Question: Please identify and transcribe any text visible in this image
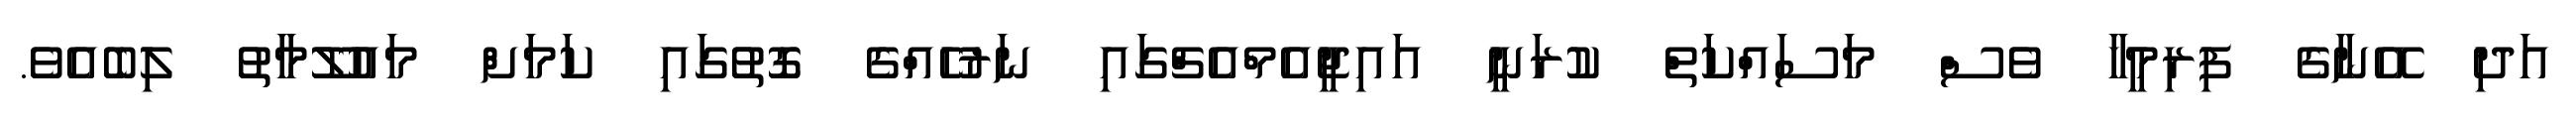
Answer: އަދި އޭނާގެ ފިރިމީހާ ވެސް މަސައްކަތް ކުރަނީ އައިޖީއެމްއެޗްގައި ނަރުހެއްގެ ގޮތުގައި ކަމަށް މައުލޫމާތު ލިބެއެވެ.